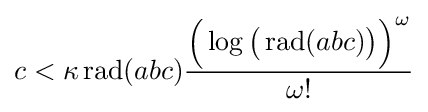
c<\kappa \operatorname {rad} (abc){\frac {{\Big (}\log {\big (}\operatorname {rad} (abc){\big )}{\Big )}^{\omega }}{\omega !}}